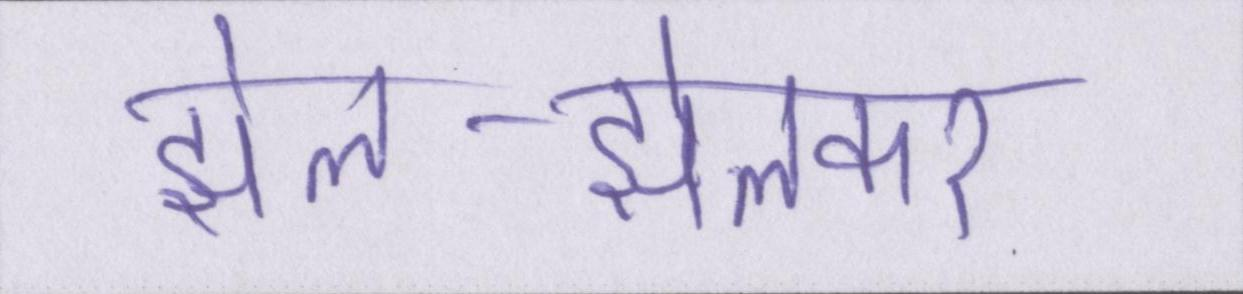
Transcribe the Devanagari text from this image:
झेल-झेलकर